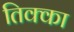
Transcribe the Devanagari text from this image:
तिक्का